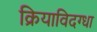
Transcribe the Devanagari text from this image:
क्रियाविदग्धा